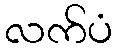
လက်ပံ